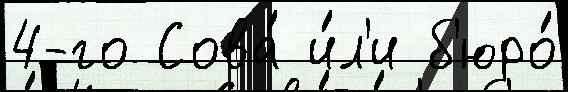
4-го Сова́ и́л'и б'юро́